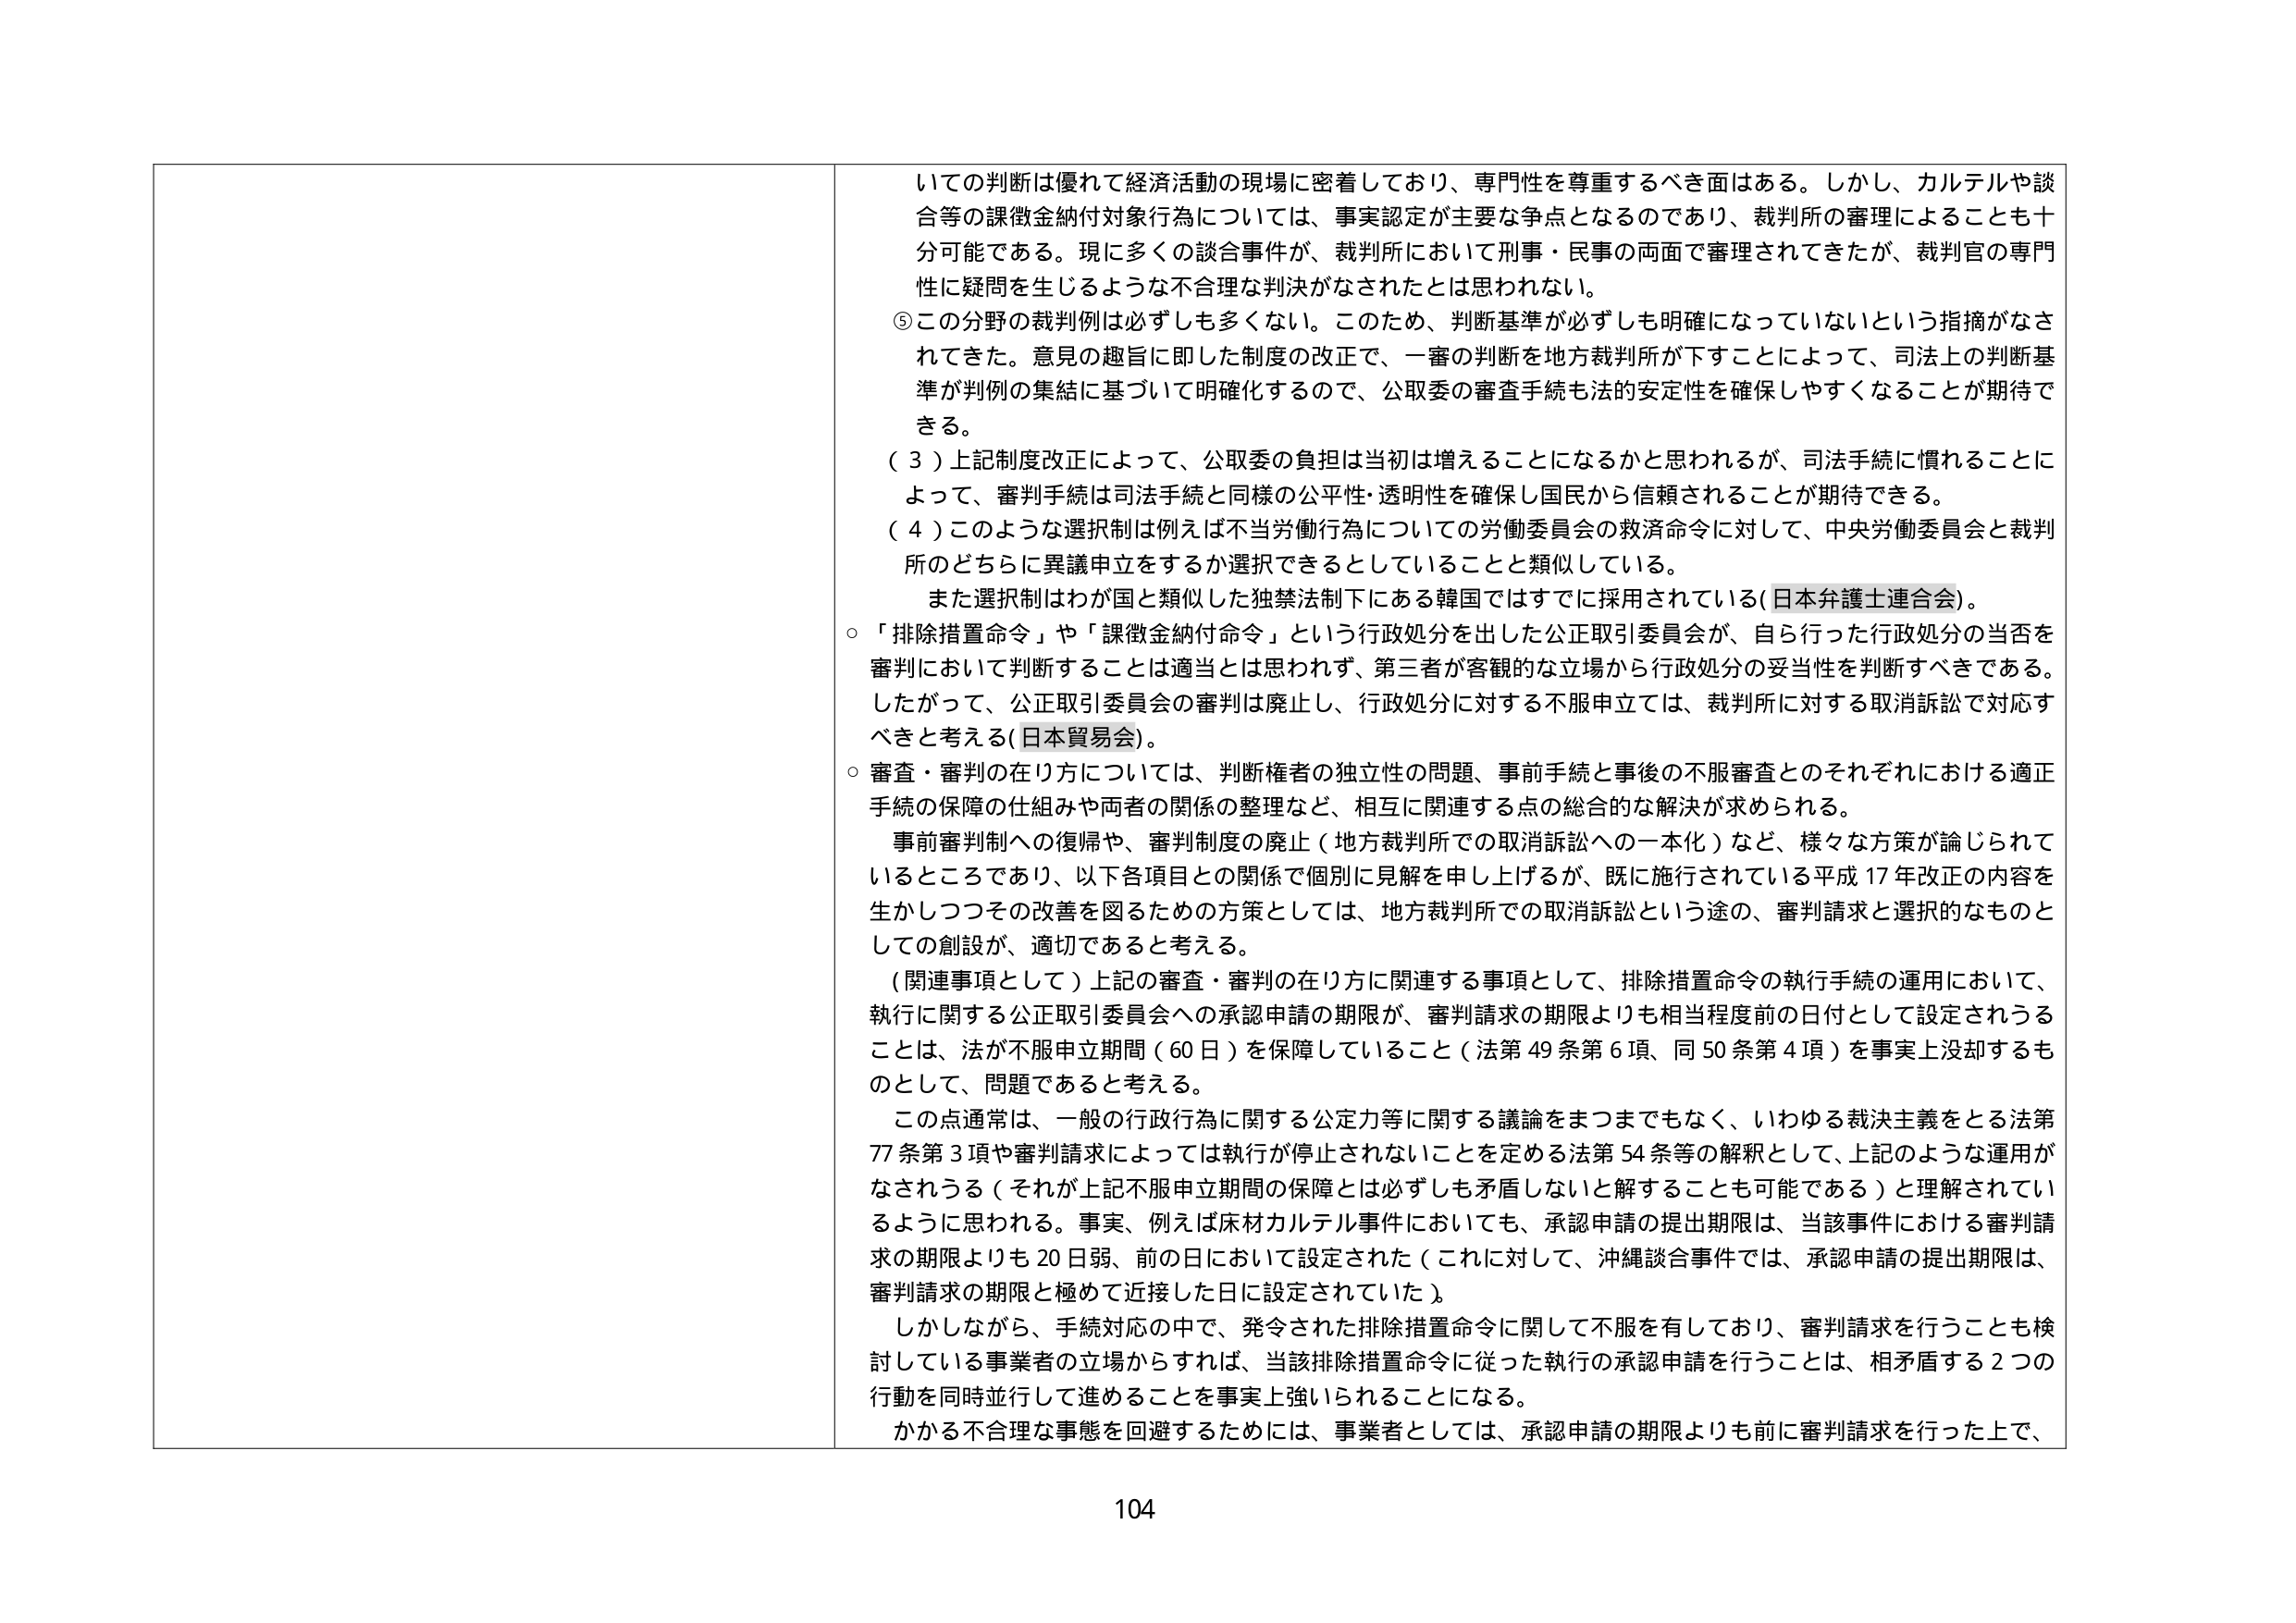
いての判断は優れて経済活動の現場に密着しており、専門性を尊重するべき面はある。しかし、カルテルや談合等の課徴金納付対象行為については、事実認定が主要な争点となるのであり、裁判所の審理によることも十分可能である。現に多くの談合事件が、裁判所において刑事・民事の両面で審理されてきたが、裁判官の専門性に疑問を生じるような不合理な判決がなされたとは思われない。

⑤この分野の裁判例は必ずしも多くない。このため、判断基準が必ずしも明確になっていないという指摘がなされてきた。意見の趣旨に即した制度の改正で、一審の判断を地方裁判所が下すことによって、司法上の判断基準が判例の集結に基づいて明確化するので、公取委の審査手続も法的安定性を確保しやすくなることが期待できる。

（３）上記制度改正によって、公取委の負担は当初は増えることになるかと思われるが、司法手続に慣れることによって、審判手続は司法手続と同様の公平性・透明性を確保し国民から信頼されることが期待できる。

（４）このような選択制は例えば不当労働行為についての労働委員会の救済命令に対して、中央労働委員会と裁判所のどちらに異議申立をするか選択できるとしていることと類似している。

また選択制はわが国と類似した独禁法制下にある韓国ではすでに採用されている（日本弁護士連合会）。

○「排除措置命令」や「課徴金納付命令」という行政処分を出した公正取引委員会が、自ら行った行政処分の当否を審判において判断することは適当とは思われず、第三者が客観的な立場から行政処分の妥当性を判断すべきである。したがって、公正取引委員会の審判は廃止し、行政処分に対する不服申立では、裁判所に対する取消訴訟で対応すべきと考える（日本貿易会）。

○審査・審判の在り方については、判断権者の独立性の問題、事前手続と事後の不服審査とのそれぞれにおける適正手続の保障の仕組みや両者の関係の整理など、相互に関連する点の総合的な解決が求められる。

事前審判制への復帰や、審判制度の廃止（地方裁判所での取消訴訟への一本化）など、様々な方策が論じられているところであり、以下各項目との関係で個別に見解を申し上げるが、既に施行されている平成17年改正の内容を生かしつつその改善を図るための方策としては、地方裁判所での取消訴訟という途の、審判請求と選択的なものとしての創設が、適切であると考える。

（関連事項として）上記の審査・審判の在り方に関連する事項として、排除措置命令の執行手続の運用において、執行に関する公正取引委員会への承認申請の期限が、審判請求の期限よりも相当程度前の日付として設定されることは、法が不服申立期間（60日）を保障していること（法第49条第6項、同50条第4項）を事実上没却するものとして、問題であると考える。

この点通常は、一般の行政行為に関する公定力等に関する議論をまつまでもなく、いわゆる裁判主義をとる法第77条第3項や審判請求によっては執行が停止されないことを定める法第54条等の解釈として、上記のような運用がなされうる（それが上記不服申立期間の保障とは必ずしも矛盾しないと解することも可能である）と理解されているように思われる。事実、例えば床材カルテル事件においても、承認申請の提出期限は、当該事件における審判請求の期限よりも20日弱、前の日において設定された（これに対して、沖縄談合事件では、承認申請の提出期限は、審判請求の期限と極めて近接した日に設定されていた）。

しかしながら、手続対応の中で、発令された排除措置命令に関して不服を有しており、審判請求を行うことも検討している事業者の立場からすれば、当該排除措置命令に従った執行の承認申請を行うことは、相矛盾する2つの行動を同時並行して進めることを事実上強いられることになる。

かかる不合理な事態を回避するためには、事業者としては、承認申請の期限よりも前に審判請求を行った上で、
104